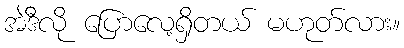
အဲဒီလို ပြောလေ့ရှိတယ် မဟုတ်လား။